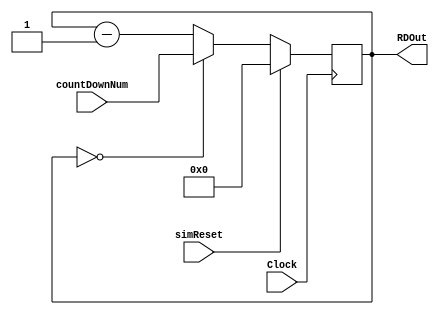
module DelayCounter(

	//Calls DelayCounter and feeds in a large count down number, clock, simreset-----------------, and OneFrameCounter---------------------
	input Clock, simReset,
	input[19:0] countDownNum,
	output reg[19:0] RDOut);
	
	//with every iteration of posedge clock
	always @ (posedge Clock)
		begin
		
			//if simReset is true, then set RDOut to 0
			if (simReset)
				RDOut <= 20'd0;
				
			//if RDOut is 0, set RDOut to the countdown number
			else if (RDOut == 20'd0)
				RDOut <= countDownNum;
			//if simreset is false, and RDOut is not 0, then decrease RDOut by 1
			else
				RDOut <= RDOut - 20'd1;
		end

endmodule